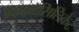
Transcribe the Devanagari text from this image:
फिल्लोसिलिकेट